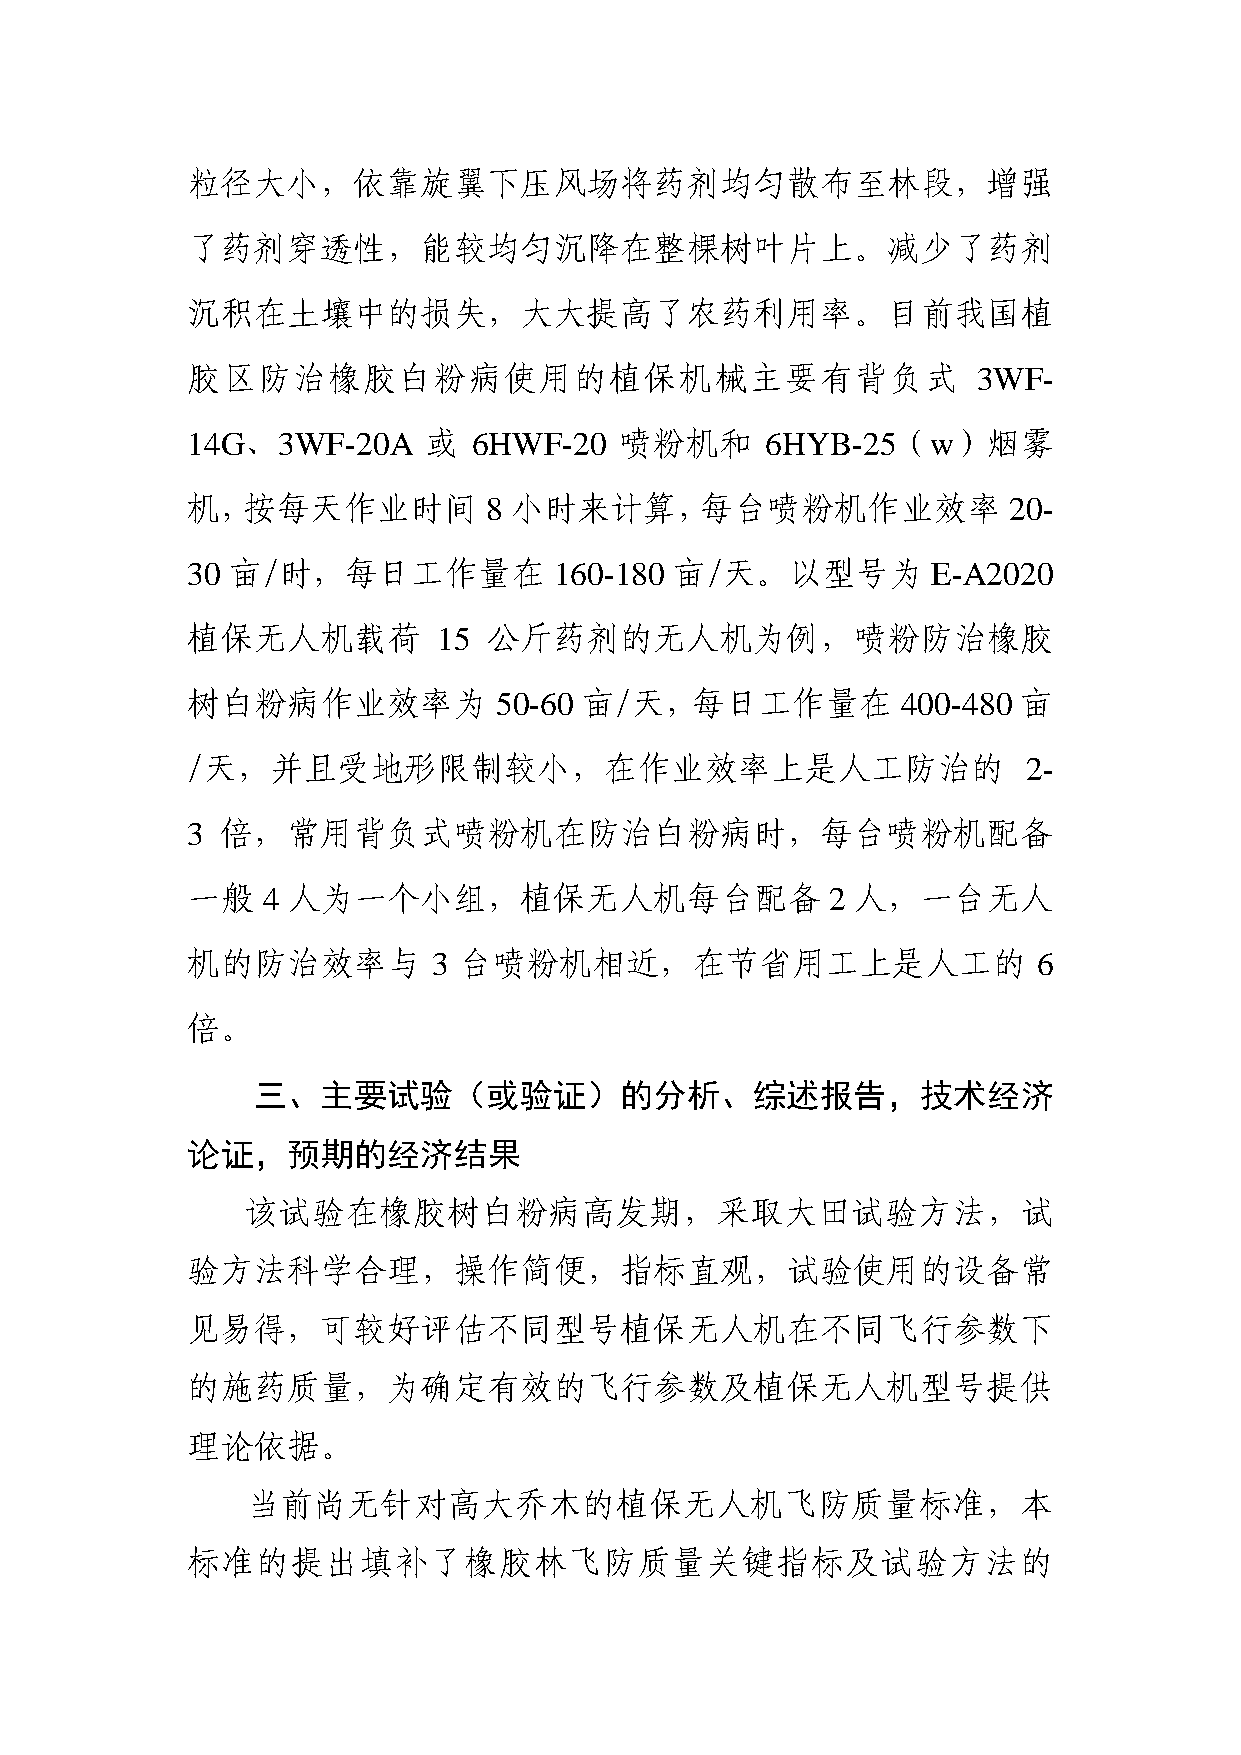
粒径大小，依靠旋翼下压风场将药剂均匀散布至林段，增强
 了药剂穿透性，能较均匀沉降在整棵树叶片上。减少了药剂
 沉积在土壤中的损失，大大提高了农药利用率。目前我国植
 胶区防治橡胶白粉病使用的植保机械主要有背负式                               3WF-
 14G、3WF-20A     或  6HWF-20   喷粉机和      6HYB-25（w）烟雾
 机，按每天作业时间           8 小时来计算，每台喷粉机作业效率                  20-
 30 亩/时，每日工作量在            160-180 亩/天。以型号为         E-A2020
 植保无人机载荷          15 公斤药剂的无人机为例，喷粉防治橡胶
 树白粉病作业效率为            50-60 亩/天，每日工作量在           400-480 亩
 /天，并且受地形限制较小，在作业效率上是人工防治的                               2-
 3  倍，常用背负式喷粉机在防治白粉病时，每台喷粉机配备
 一般   4 人为一个小组，植保无人机每台配备                    2 人，一台无人
 机的防治效率与          3 台喷粉机相近，在节省用工上是人工的                     6
 倍。
 三、主要试验（或验证）的分析、综述报告，技术经济
 论证，预期的经济结果
 该试验在橡胶树白粉病高发期，采取大田试验方法，试
 验方法科学合理，操作简便，指标直观，试验使用的设备常
 见易得，可较好评估不同型号植保无人机在不同飞行参数下
 的施药质量，为确定有效的飞行参数及植保无人机型号提供
 理论依据。
 当前尚无针对高大乔木的植保无人机飞防质量标准，本
 标准的提出填补了橡胶林飞防质量关键指标及试验方法的